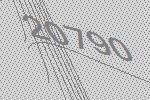
20790